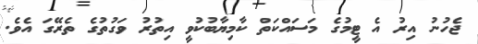
ޖެހުނު އިރު އެ ޓީމުގެ މަސައްކަތް ކާމިޔާބުކުވީ އިތުރު ވަގުތުގެ ތެރޭގަ އެވެ.